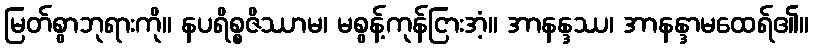
မြတ်စွာဘုရားကို။ နပရိစ္စဇိဿာမ၊ မစွန့်ကုန်ငြားအံ့။ အာနန္ဒဿ၊ အာနန္ဒာမထေရ်၏။